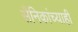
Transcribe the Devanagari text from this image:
सैनिकांच्याही